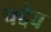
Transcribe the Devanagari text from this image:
चद्देव